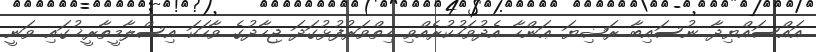
އައްސައްޔިދާ ނުސައިބާ ރަޟިޔަ ޢަންހާ އެދުވަހުކުރެއްވި ހިތްވަރުފުޅުގަދަ ޖިހާދުގެ ވާހަކަ އިސްލާމީތާރީޚުގައި ވަނީ